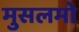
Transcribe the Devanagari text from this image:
मुसलमो